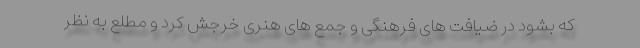
که بشود در ضیافت های فرهنگی و جمع های هنری خرجش کرد و مطلع به نظر